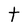
Character: t